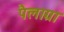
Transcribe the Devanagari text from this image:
पैलाग्रा